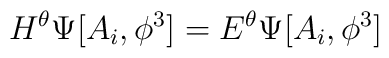
H^{\theta} \Psi [A_i,\phi^3]=E^{\theta} \Psi[A_i,\phi^3]